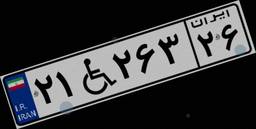
۲۱W۲۶۳۲۶